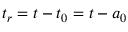
t _ { r } = t - t _ { 0 } = t - a _ { 0 }